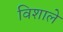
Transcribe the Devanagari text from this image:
विशाले